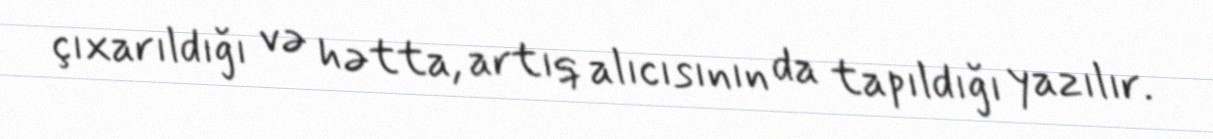
çıxarıldığı və hətta, artıq alıcısının da tapıldığı yazılır.